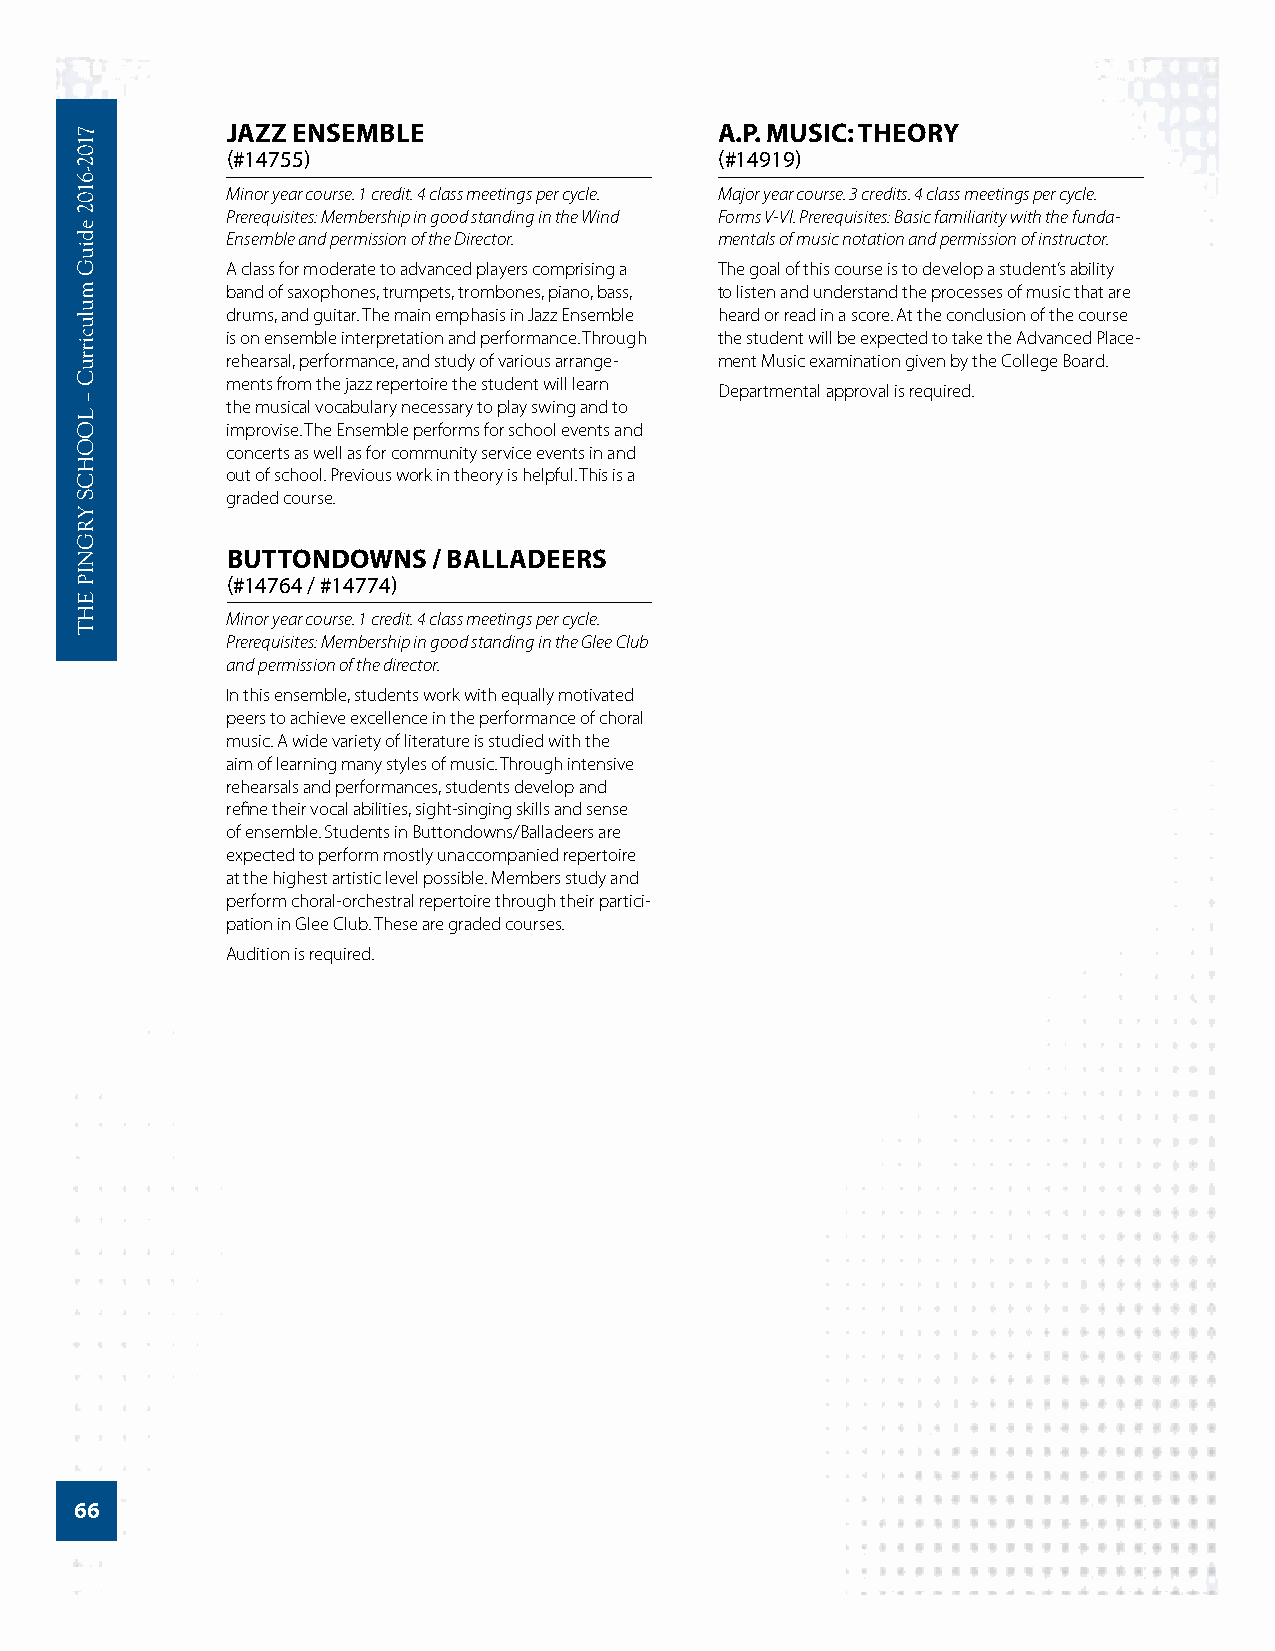
JAZZ ENSEMBLE                    A.P. MUSIC: THEORY
 (#14755)                         (#14919)
 Minor year course. 1 credit. 4 class meetings per cycle. Major year course. 3 credits. 4 class meetings per cycle.
 Prerequisites: Membership in good standing in the Wind Forms V-VI. Prerequisites: Basic familiarity with the funda-
 Ensemble and permission of the Director. mentals of music notation and permission of instructor.
 A class for moderate to advanced players comprising a The goal of this course is to develop a student’s ability
 band of saxophones, trumpets, trombones, piano, bass, to listen and understand the processes of music that are
 drums, and guitar. The main emphasis in Jazz Ensemble heard or read in a score. At the conclusion of the course
 is on ensemble interpretation and performance. Through the student will be expected to take the Advanced Place-
 rehearsal, performance, and study of various arrange- ment Music examination given by the College Board.
 ments from the jazz repertoire the student will learn
 Departmental approval is required.
 the musical vocabulary necessary to play swing and to
 improvise. The Ensemble performs for school events and
 concerts as well as for community service events in and
 out of school. Previous work in theory is helpful. This is a
 graded course.
 BUTTONDOWNS   / BALLADEERS
 (#14764 / #14774)
 Minor year course. 1 credit. 4 class meetings per cycle.
 Prerequisites: Membership in good standing in the Glee Club
 and permission of the director.
 In this ensemble, students work with equally motivated
 peers to achieve excellence in the performance of choral
 music. A wide variety of literature is studied with the
 aim of learning many styles of music. Through intensive
 rehearsals and performances, students develop and
 refine their vocal abilities, sight-singing skills and sense
 of ensemble. Students in Buttondowns/Balladeers are
 expected to perform mostly unaccompanied repertoire
 at the highest artistic level possible. Members study and
 perform choral-orchestral repertoire through their partici-
 pation in Glee Club. These are graded courses.
 Audition is required.
 66
 7102-­6102
 ediuG
 mulucirruC
 –
 LOOHCS
 YRGNIP
 EHT